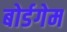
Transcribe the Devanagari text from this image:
बोर्डगेम